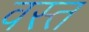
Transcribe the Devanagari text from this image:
वस्त